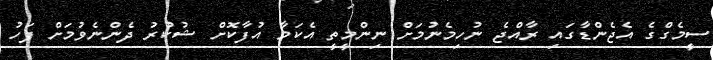
ސީމެގްގެ އެޖެންޑާގައި ރާއްޖެ ނުހިމެނުމަށް ނިންމީތީ އެކަމާ އުފާކޮށް ޝުކުރު ދެންނެވުމަށް ފަހު